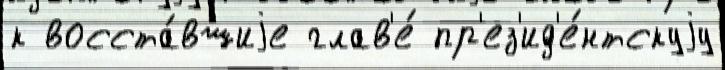
к восста́вшиjе глав'е́ пр'ез'ид'е́нтскуjу